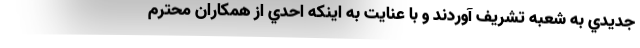
جديدي به شعبه تشريف آوردند و با عنايت به اينكه احدي از همكاران محترم